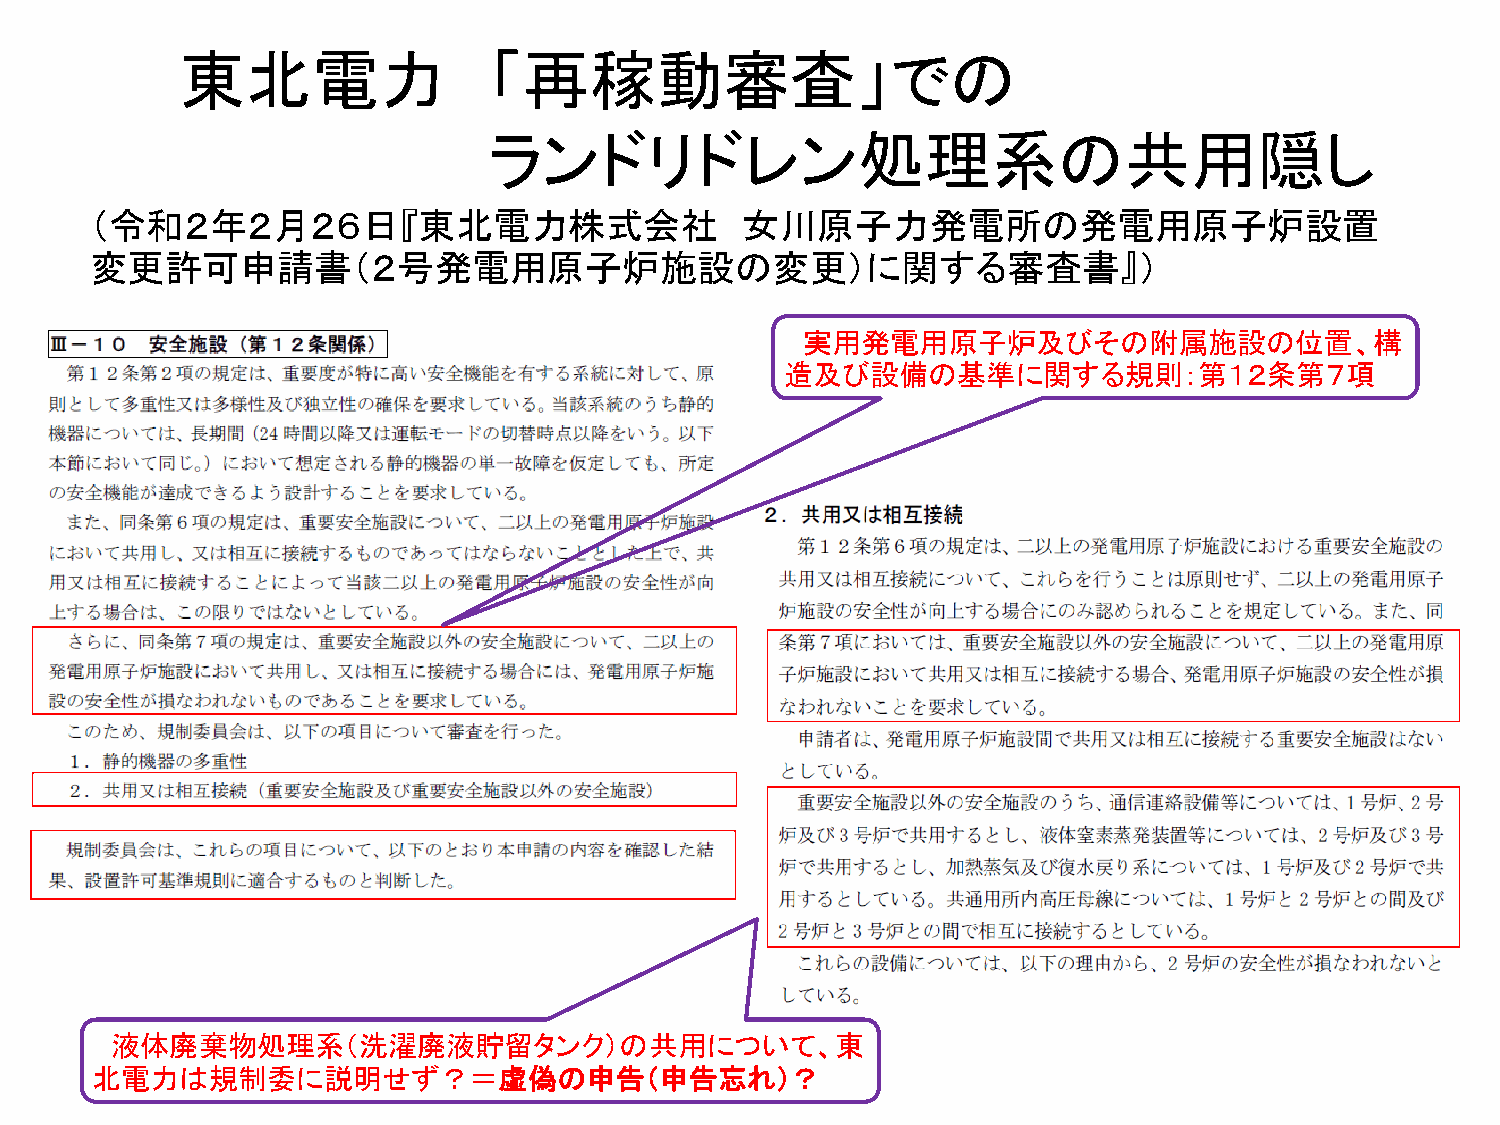
東北電力                「再稼動審査」での
 ランドリドレン処理系の共用隠し
 （令和２年２月２６日『東北電力株式会社                        女川原子力発電所の発電用原子炉設置
 変更許可申請書（２号発電用原子炉施設の変更）に関する審査書』）
 実用発電用原子炉及びその附属施設の位置、構
 造及び設備の基準に関する規則：第１２条第７項
 液体廃棄物処理系（洗濯廃液貯留タンク）の共用について、東
 北電力は規制委に説明せず？＝虚偽の申告（申告忘れ）？